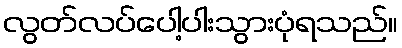
လွတ်လပ်ပေါ့ပါးသွားပုံရသည်။